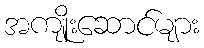
အကျိုးဆောင်များ